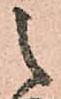
之